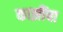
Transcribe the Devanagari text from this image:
काझींचा